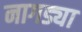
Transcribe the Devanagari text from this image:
नागड्या